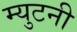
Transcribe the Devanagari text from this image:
म्युटनी